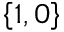
\left\lbrace 1 , 0 \right\rbrace